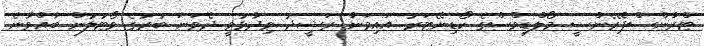
ޓްރާންސްޕޭރެންސީ މޯލްޑިވްސްގެ ކޯޑިނޭޓަރު އައިމަން ރަޝީދު ވިދާޅުވީ ދެވަނަ ބުރުގެ ވޯޓުލުން ބާއްވާނެ